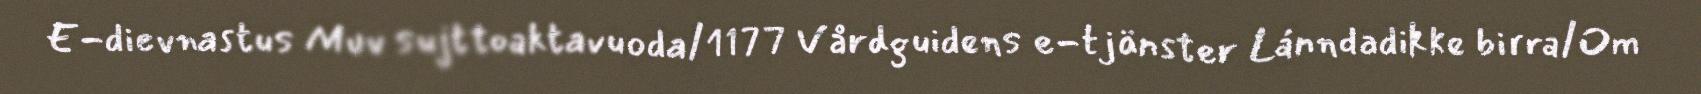
E-dievnastus Muv sujttoaktavuoda/1177 Vårdguidens e-tjänster Lánndadikke birra/Om